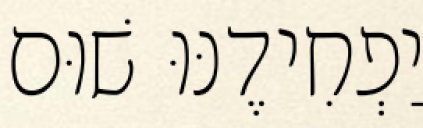
יַפְחִידֶנּוּ שׁוּם